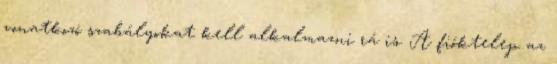
vonatkozó szabályokat kell alkalmazni rá is. A fióktelep az